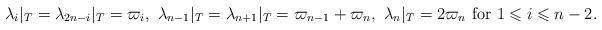
LaTeX: \begin{align*}\lambda_i|_{T}=\lambda_{2n-i}|_{T}=\varpi_i, \mbox{ } \lambda_{n-1}|_{T}=\lambda_{n+1}|_{T}= \varpi_{n-1}+\varpi_n, \mbox{ } \lambda_n|_{T}=2\varpi_n \mbox{ for $1\leqslant i\leqslant n-2.$}\end{align*}